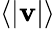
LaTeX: \langle|\mathbf{v}|\rangle